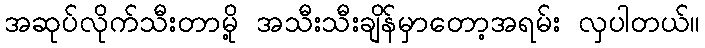
အဆုပ်လိုက်သီးတာမို့ အသီးသီးချိန်မှာတော့အရမ်း လှပါတယ်။